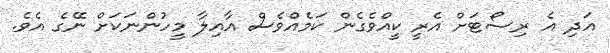
އަދި އެ ރިސޯޓަށް އެރީ ކީއްވެގެން ކަމެއްވެސް އާއިލާ މީހުންނަކަށް ނޭގެ އެވެ.